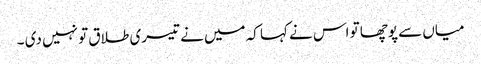
میاں سے پوچھا تو اس نے کہا کہ میں نے تیسری طلاق تو نہیں دی ۔